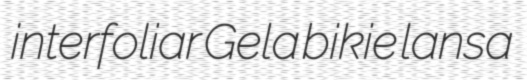
interfoliar Gela bikie lansa